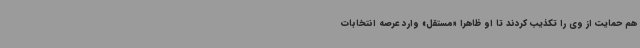
هم حمایت از وی را تکذیب کردند تا او ظاهرا «مستقل» وارد عرصه انتخابات